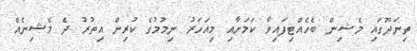
ތިނަދޫގައި މެޝިން ބެހެއްޓިފައިވާ ކަމަށާއި މިއަހަރު ނިމުމުގެ ކުރިން އިތުރު ދެ މެޝިނެއް